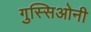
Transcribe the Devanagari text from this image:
गुस्सिओनी